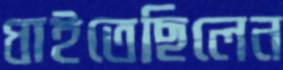
ধাইতেছিলেন